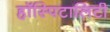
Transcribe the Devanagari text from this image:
हॉस्पिटालिटी